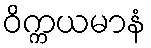
ဝိက္ကယမာနံ